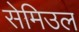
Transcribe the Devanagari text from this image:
सेमिउल